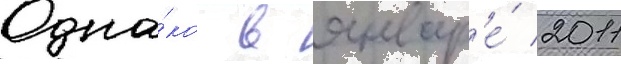
Одна́ко в январ'е́ 2011